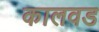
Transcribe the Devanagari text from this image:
कालवड